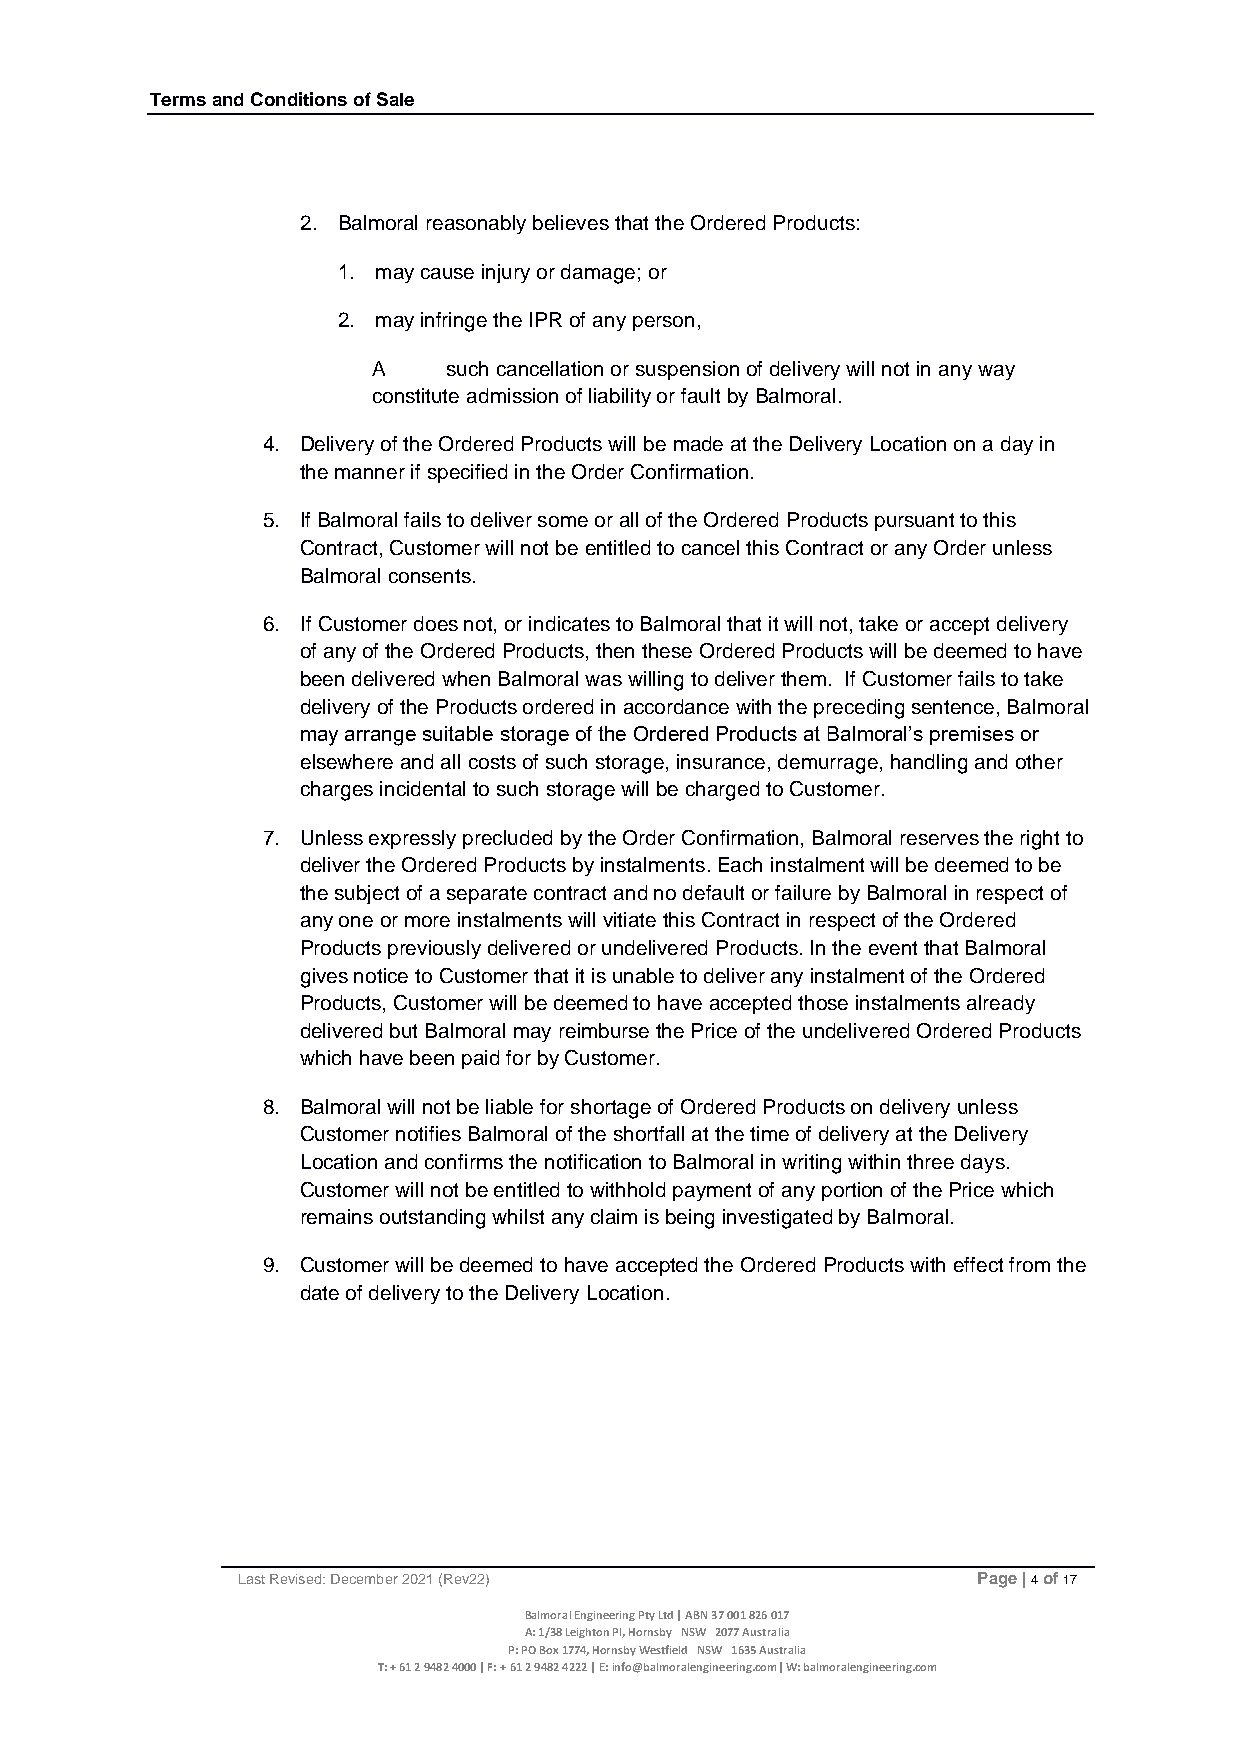
Terms and Conditions of Sale
 2. Balmoral reasonably believes that the Ordered Products:
 1. may cause injury or damage; or
 2. may infringe the IPR of any person,
 A    such cancellation or suspension of delivery will not in any way
 constitute admission of liability or fault by Balmoral.
 4. Delivery of the Ordered Products will be made at the Delivery Location on a day in
 the manner if specified in the Order Confirmation.
 5. If Balmoral fails to deliver some or all of the Ordered Products pursuant to this
 Contract, Customer will not be entitled to cancel this Contract or any Order unless
 Balmoral consents.
 6. If Customer does not, or indicates to Balmoral that it will not, take or accept delivery
 of any of the Ordered Products, then these Ordered Products will be deemed to have
 been delivered when Balmoral was willing to deliver them. If Customer fails to take
 delivery of the Products ordered in accordance with the preceding sentence, Balmoral
 may arrange suitable storage of the Ordered Products at Balmoral’s premises or
 elsewhere and all costs of such storage, insurance, demurrage, handling and other
 charges incidental to such storage will be charged to Customer.
 7. Unless expressly precluded by the Order Confirmation, Balmoral reserves the right to
 deliver the Ordered Products by instalments. Each instalment will be deemed to be
 the subject of a separate contract and no default or failure by Balmoral in respect of
 any one or more instalments will vitiate this Contract in respect of the Ordered
 Products previously delivered or undelivered Products. In the event that Balmoral
 gives notice to Customer that it is unable to deliver any instalment of the Ordered
 Products, Customer will be deemed to have accepted those instalments already
 delivered but Balmoral may reimburse the Price of the undelivered Ordered Products
 which have been paid for by Customer.
 8. Balmoral will not be liable for shortage of Ordered Products on delivery unless
 Customer notifies Balmoral of the shortfall at the time of delivery at the Delivery
 Location and confirms the notification to Balmoral in writing within three days.
 Customer will not be entitled to withhold payment of any portion of the Price which
 remains outstanding whilst any claim is being investigated by Balmoral.
 9. Customer will be deemed to have accepted the Ordered Products with effect from the
 date of delivery to the Delivery Location.
 Last Revised: December 2021 (Rev22)              Page | 4 of 17
 Balmoral Engineering Pty Ltd | ABN 37 001 826 017
 A: 1/38 Leighton Pl, Hornsby NSW 2077 Australia
 P: PO Box 1774, Hornsby Westfield NSW 1635 Australia
 T: + 61 2 9482 4000 | F: + 61 2 9482 4222 | E: info@balmoralengineering.com| W: balmoralengineering.com